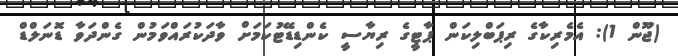
(ޖޫން 1): އެމެރިކާގެ ރިޕަބްލިކަން ޕާޓީގެ ރިޔާސީ ކެންޑިޑޭޓުކަމަށް ވާދަކުރައްވަމުން ގެންދަވާ ޑޮނަލްޑް